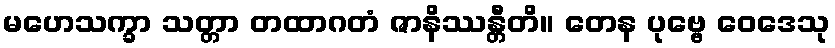
မဟေသက္ခာ သတ္တာ တထာဂတံ ဇာနိဿန္တီတိ။ တေန ပုဗ္ဗေ ဝေဒေသု